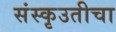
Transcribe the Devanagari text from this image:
संस्कृउतीचा